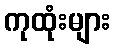
ကုထုံးများ